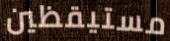
مستيقظين